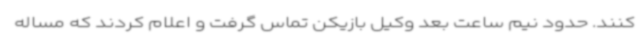
کنند. حدود نیم ساعت بعد وکیل بازیکن تماس گرفت و اعلام کردند که مساله